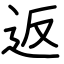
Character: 返